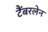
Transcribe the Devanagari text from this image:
टैंबरलेन